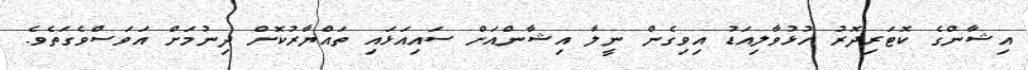
އިޝާންގެ ކޮޓަރިދޮރު ހުޅުވާލިއަޑު އިވިގެން ނީލާ އިޝާންއަށް ސައިއަޅައި ތައްޔާރުކޮށް ދިނުމަށް އަވަސްވެގަތެވެ.